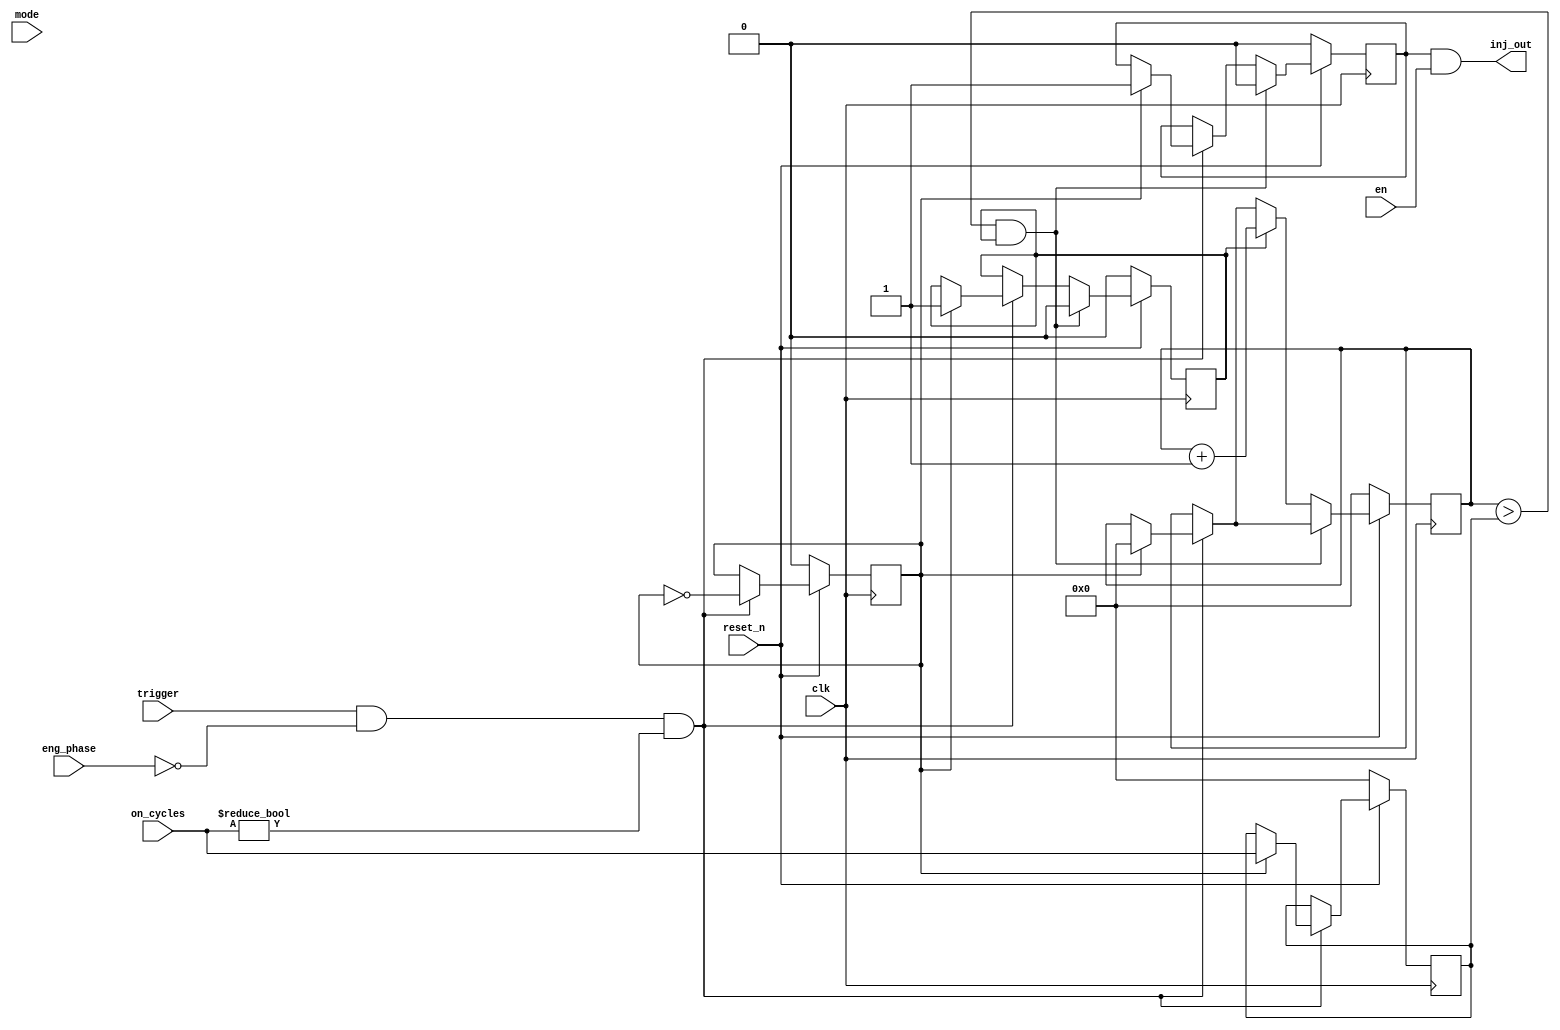
module inj_driver(clk, reset_n, en, trigger, eng_phase, mode, on_cycles, inj_out);
	input clk, reset_n, en, trigger, mode;
	input [15:0] eng_phase;

	input [31:0] on_cycles;
	output inj_out;
	
	reg inj_out_int;
	initial inj_out_int <= 0;
	
	assign inj_out = inj_out_int & en;
	
	reg [31:0] cnt = 0;
	reg [31:0] on_cycles_latched = 0;
	
	reg cnt_en = 0;
	
	reg flp = 0;
	
	always @(posedge clk) begin
		if(~reset_n) begin
			// Reset state
			inj_out_int <= 0;
		
			cnt <= 0;
			on_cycles_latched <= 0;
			
			cnt_en <= 0;
			
			flp <= 0;
		end else begin
			if(trigger && eng_phase == 0 && on_cycles != 16'd0) begin
				flp <= ~flp;
				
				if(flp) begin		
					cnt <= 0;
					inj_out_int <= 1;
					on_cycles_latched <= on_cycles;
					cnt_en <= 1;
				end
			end
			
			if(cnt > on_cycles_latched && cnt_en) begin
				inj_out_int <= 0;
				cnt_en <= 0;
			end else begin
				if(cnt_en) begin
					cnt <= cnt + 1;
				end
			end
		end
	end
endmodule